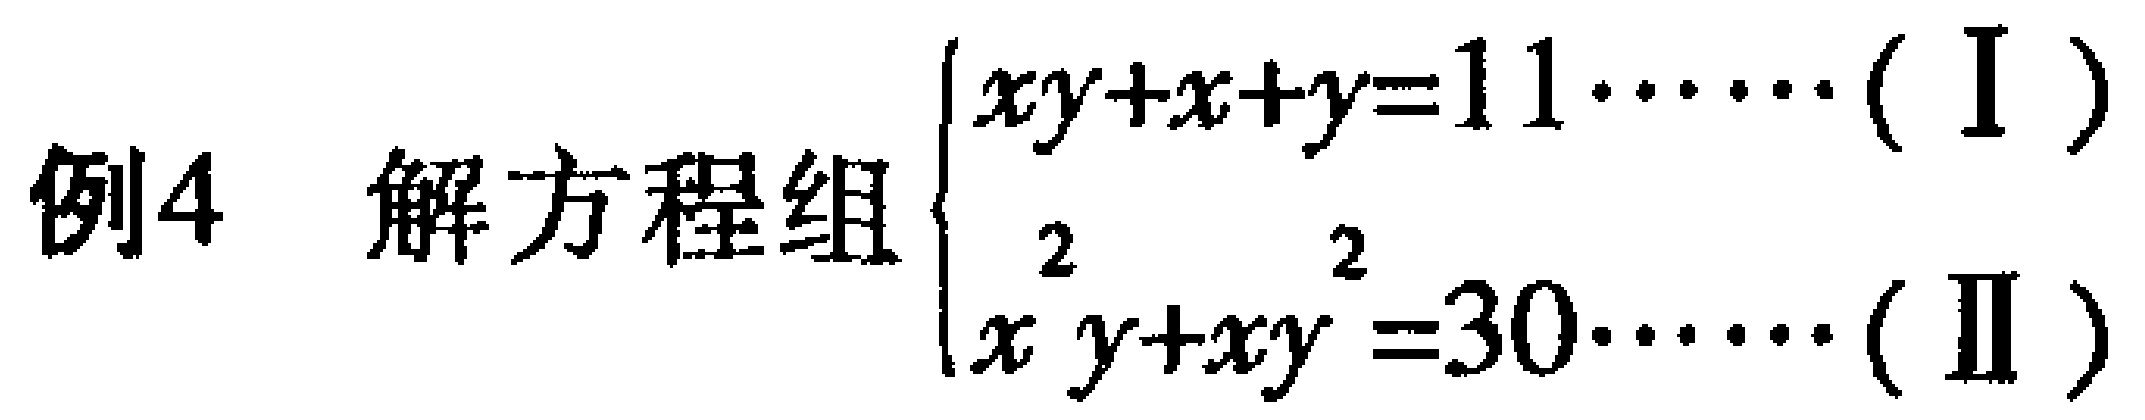
例4 解方程组$\begin{cases}xy + x + y = 11\cdots\cdots(\text{I})\\x^{2}y+xy^{2}=30\cdots\cdots(\text{II})\end{cases}$